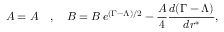
{ \cal { A } } = A \quad , \quad { \cal { B } } = B \, e ^ { ( \Gamma - \Lambda ) / 2 } - \frac { A } { 4 } \frac { d ( \Gamma - \Lambda ) } { d r ^ { * } } ,